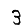
Digit: 3